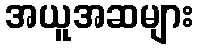
အယူအဆများ